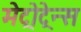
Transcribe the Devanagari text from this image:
मेट्रोट्रेन्स